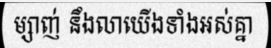
ម្សាញ់ នឹងលាយើងទាំងអស់គ្នា